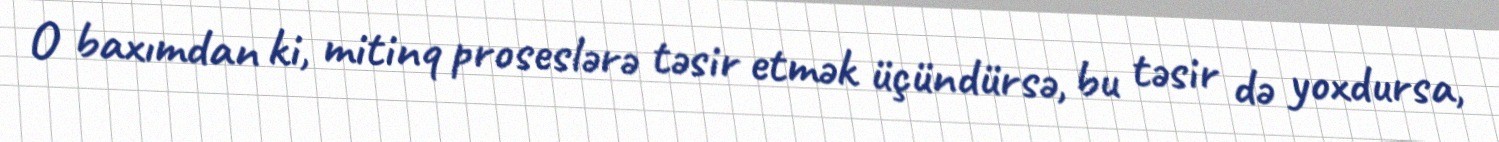
O baxımdan ki, mitinq proseslərə təsir etmək üçündürsə, bu təsir də yoxdursa,